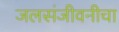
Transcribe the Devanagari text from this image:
जलसंजीवनीचा